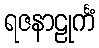
ရဇနာဠုင်္ကံ